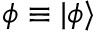
{ \boldsymbol { \phi } } \equiv | \phi \rangle